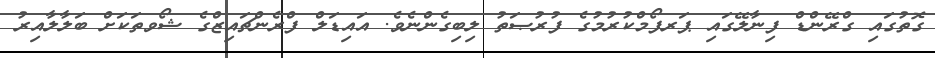
ގޮތުގައި ގްރޭންޑް ފިނާލޭގައި ޕަރފޯމްކުރުމުގެ ފުރުޞަތު ލިބިގެންނެވެ. އައިޑަލް ފްރެންޗައިޒްގެ ޝޯވތަކަށް ބަލާލާއިރު